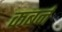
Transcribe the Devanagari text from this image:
कबर्न